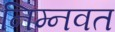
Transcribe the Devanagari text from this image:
निम्‍नवत